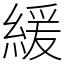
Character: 緩